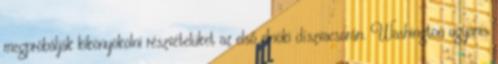
megpróbálják kikönyökölni részvételüket az első elnöki díszvacsorán. Washington ugyanis